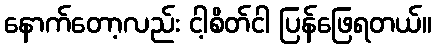
နောက်တော့လည်း ငါ့စိတ်ငါ ပြန်ဖြေရတယ်။